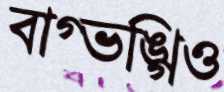
বাগ্ভঙ্গিও